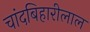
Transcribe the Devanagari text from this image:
चांदबिहारीलाल